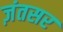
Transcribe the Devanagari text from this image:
ज़ंतसर